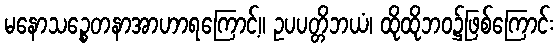
မနောသဉ္စေတနာအာဟာရကြောင့်။ ဥပပတ္တိဘယံ၊ ထိုထိုဘဝ၌ဖြစ်ကြောင်း